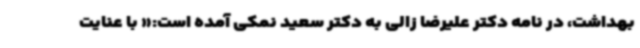
بهداشت، در نامه دکتر علیرضا زالی به دکتر سعید نمکی آمده است:« با عنایت